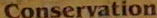
Conservation